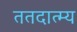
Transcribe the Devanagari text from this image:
ततदात्म्य